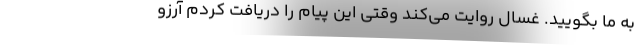
به ما بگویید. غسال روایت می‌کند وقتی این پیام را دریافت کردم آرزو